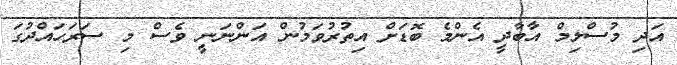
އަދި މުސްލިމް އާބާދީ އެންމެ ބޮޑަށް އިތުރުވަމުން އަންނަނީ ވެސް މި ސަރަހައްދުގަ